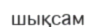
шықсам